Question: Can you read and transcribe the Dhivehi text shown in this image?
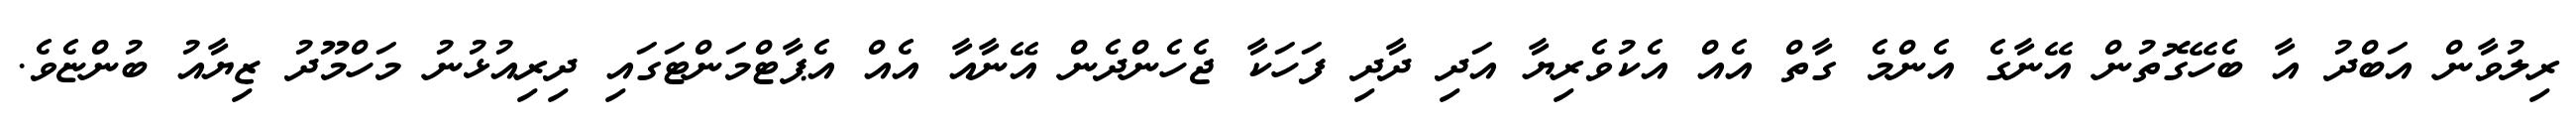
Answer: ރިލުވާން އަބްދު އާ ބެހޭގޮތުން އޭނާގެ އެންމެ ގާތް އެއް އެކުވެރިޔާ އަދި ދާދި ފަހަކާ ޖެހެންދެން އޭނާއާ އެއް އެޕާޓްމަންޓަގައި ދިރިއުޅުނު މަހްމޫދު ޒިޔާއު ބުންޏެވެ.